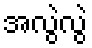
အလွဲလွဲ